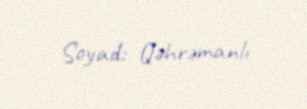
Soyad: Qəhrəmanlı